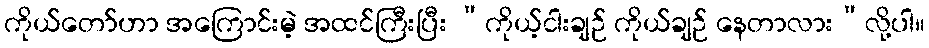
ကိုယ်တော်ဟာ အကြောင်းမဲ့ အထင်ကြီးပြီး “ကိုယ့်ငါးချဉ် ကိုယ်ချဉ် နေတာလား”လို့ပါ။